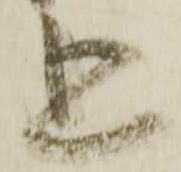
上